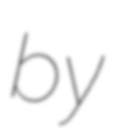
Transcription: by